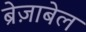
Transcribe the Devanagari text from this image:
ब्रेज़ाबेल